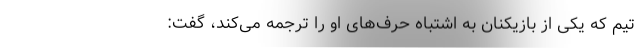
تیم که یکی از بازیکنان به اشتباه حرف‌های او را ترجمه می‌کند، گفت: